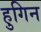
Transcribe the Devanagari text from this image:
हुगिन